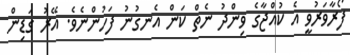
ފޯރާވަރުވީ އެ ކުއްޖާގެ ވިންދު ނެތް ކަން އެނގުނު ފަހުންނެވެ. އޭރު ގަޑިން